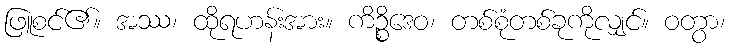
ဖြူစင်၏။ အဿ၊ ထိုရဟန်းအား။ ကိဉ္စိဒေဝ၊ တစ်စုံတစ်ခုကိုလျှင်။ ဝတွာ၊